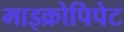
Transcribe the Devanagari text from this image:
माइक्रोपिपेट